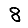
Digit: 8